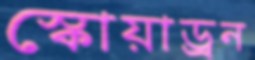
স্কোয়াড্রন